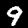
Label: 9